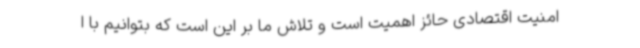
امنیت اقتصادی حائز اهمیت است و تلاش ما بر این است که بتوانیم با ا